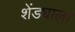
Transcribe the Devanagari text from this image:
शेंड्याला